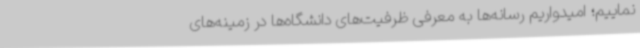
نماییم؛ امیدواریم رسانه‌ها به معرفی ظرفیت‌های دانشگاه‌ها در زمینه‌های